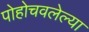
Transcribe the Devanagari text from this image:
पोहोचवलेल्या